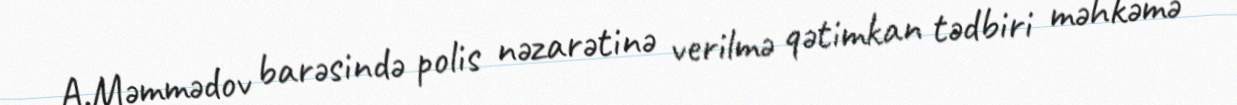
A.Məmmədov barəsində polis nəzarətinə verilmə qətimkan tədbiri məhkəmə